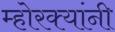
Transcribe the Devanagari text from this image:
म्होरक्‍यांनी